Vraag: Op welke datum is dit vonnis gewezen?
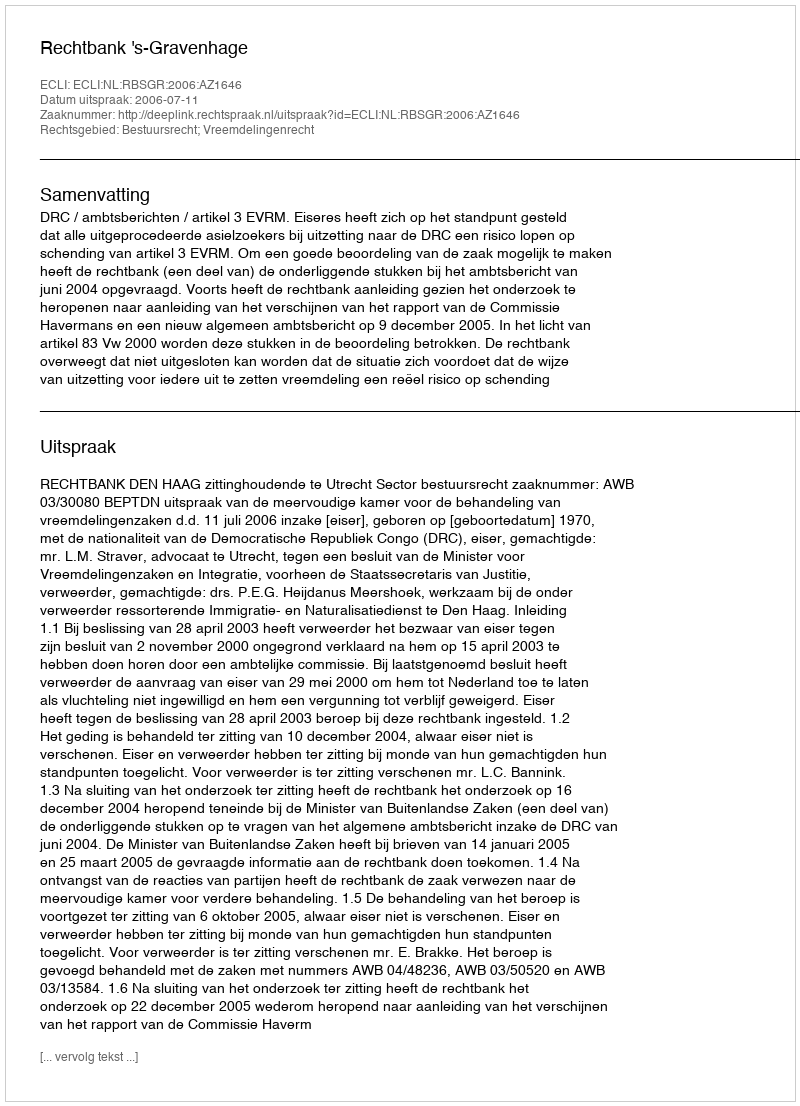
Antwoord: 2006-07-11